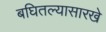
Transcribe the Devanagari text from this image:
बघितल्यासारखे